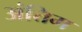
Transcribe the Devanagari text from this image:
अंत्तिम